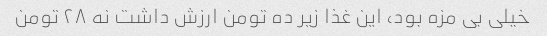
خیلی بی مزه بود، این غذا زیر ده تومن ارزش داشت نه ۲۸ تومن